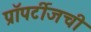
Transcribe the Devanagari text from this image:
प्रॉपर्टीजची